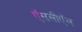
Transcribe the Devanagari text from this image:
ऍससीऍल